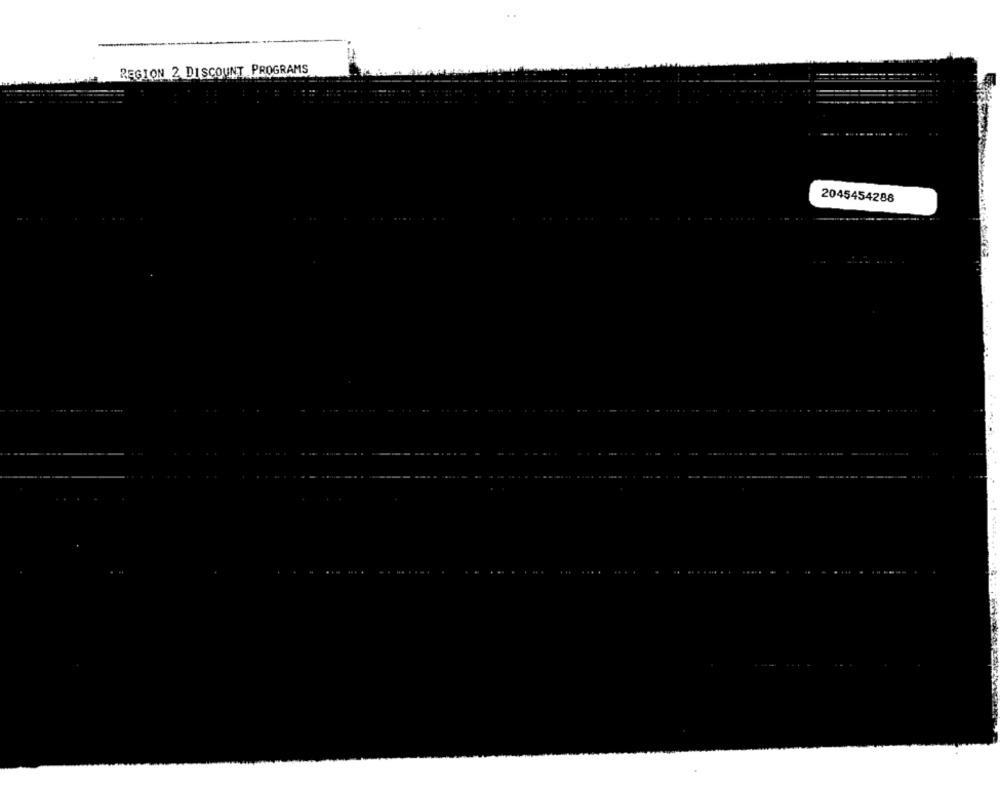
REGION 2 DISCOUNT PROGRAMS
2045454288